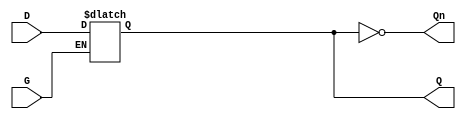
module dual_input_gated_latch (
    input wire D,      // Data input
    input wire G,      // Gate/control input
    output reg Q,      // Output
    output wire Qn     // Inverted output
);

// Invert the output Q to get Qn
assign Qn = ~Q;

// Always block to model the behavior of the gated latch
always @ (G or D) begin
    if (G) begin
        // When G is high, Q follows D
        Q <= D;
    end
    // When G is low, Q holds its last value
end

endmodule